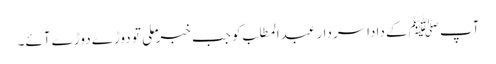
آپ ﷺکے داداسردار عبدالمطلب کو جب خبر ملی تو دوڑے دوڑے آئے۔